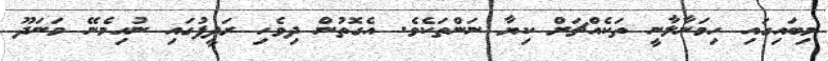
މިބައިގައި ހިމަނާލާނީ ތަކެއްޗަށް ކިޔާ ނަންތަކެވެ. އެގޮތުން ދިވެހި ރަދީފުގައި ނުހިމެނޭ މަނަދޫ